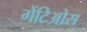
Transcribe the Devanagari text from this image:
गेंटिओस